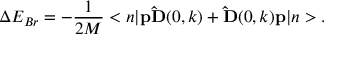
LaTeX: \Delta E _ { B r } = - \frac { 1 } { 2 M } < { n } | { \bf p } { \bf \hat { D } } ( 0 , k ) + { \bf \hat { D } } ( 0 , k ) { \bf p } | n > .